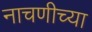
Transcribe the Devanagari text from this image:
नाचणीच्या